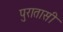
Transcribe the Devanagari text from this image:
पुरातासी